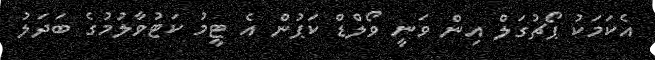
އެކަމަކު ޕޯޗުގަލް އިން ވަނީ ވޯލްޑް ކަޕުން އެ ޓީމު ކަޓުވާލުމުގެ ބަދަލު